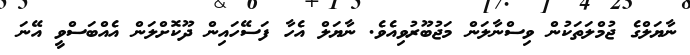
ނާޔަލްގެ ޖުމްލަތަކުން ވިސްނާލަން މަޖުބޫރުވިއެވެ. ނާޔަލް އެހާ ފަސޭހައިން ދޫކޮށްލަން އެއްބަސްވީ އޭނަ